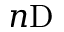
n \mathrm { D }